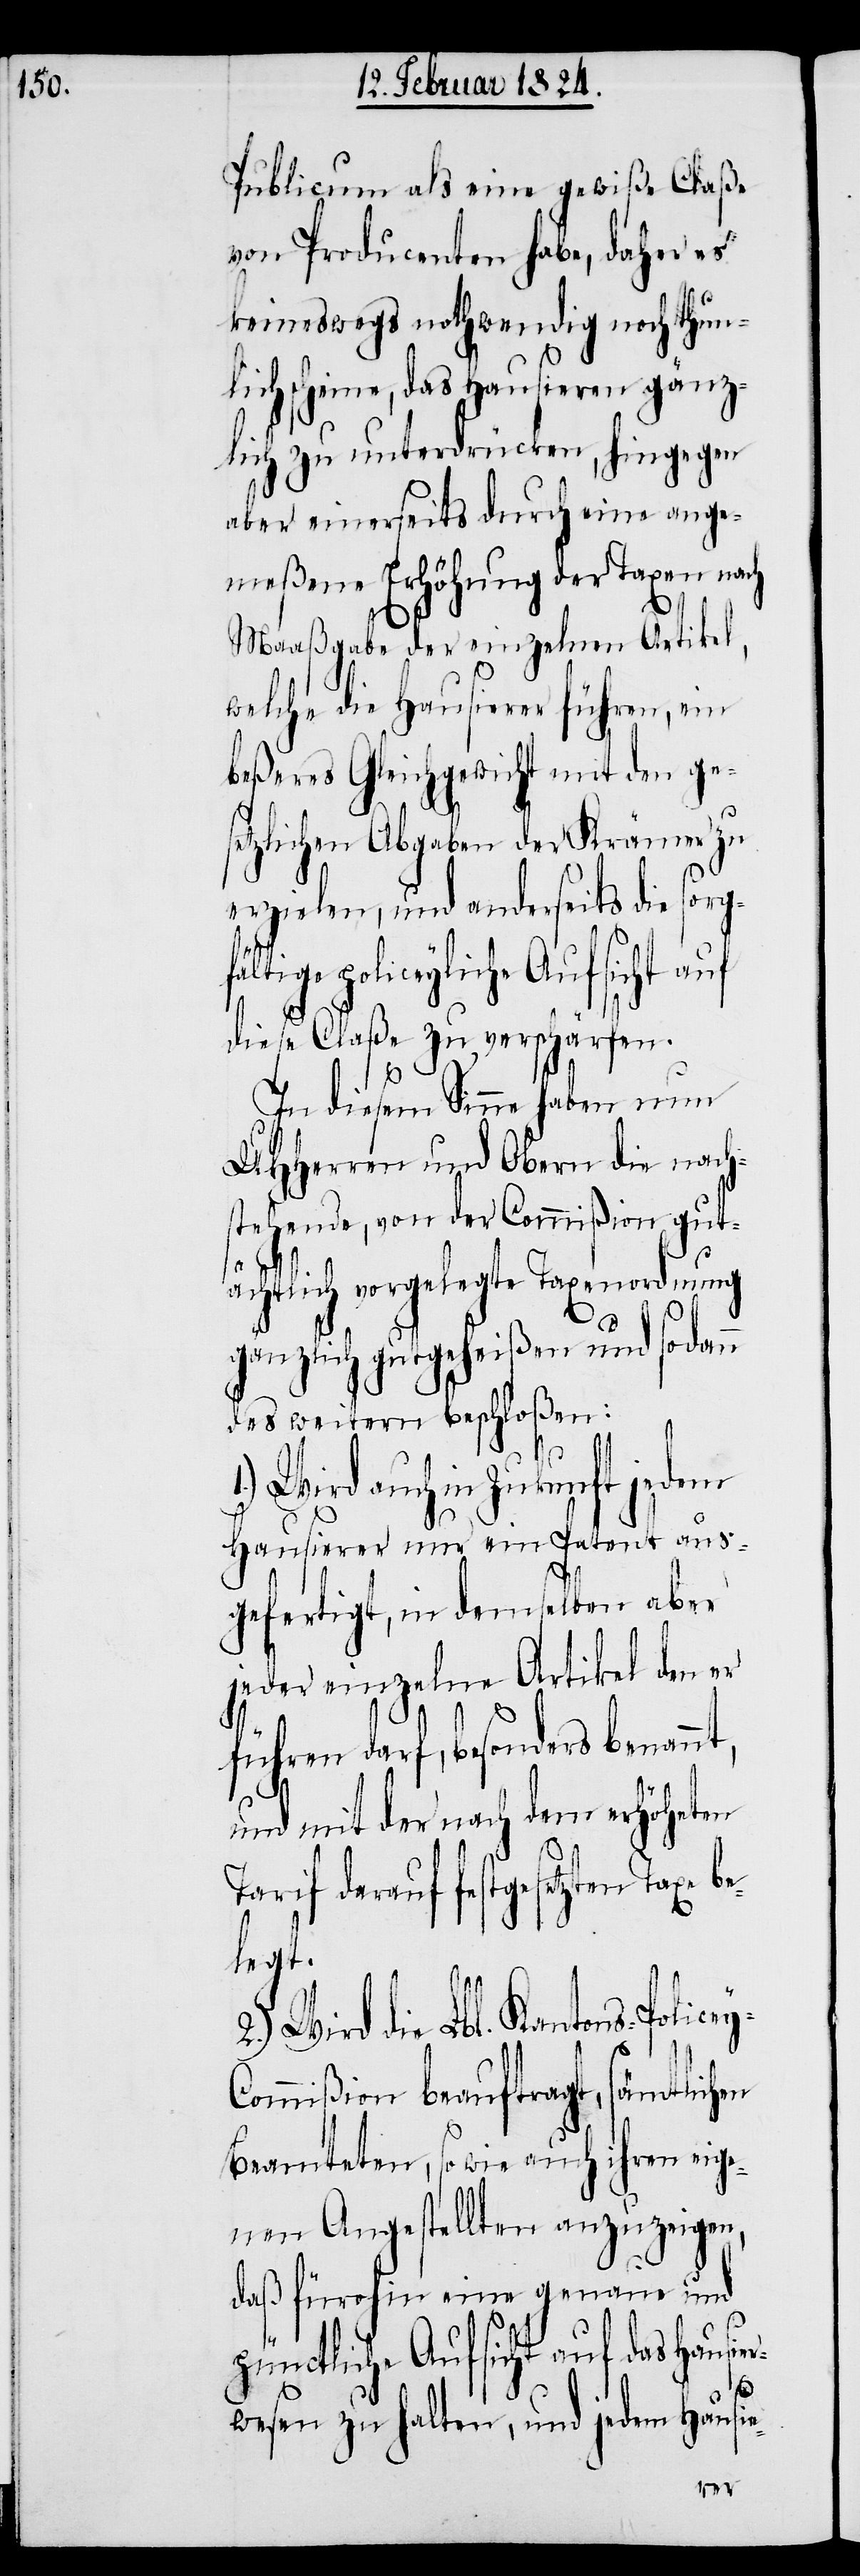
Publicum als eine gewiße Claße
von Producenten habe, daher es
keineswegs nothwendig noch thun¬
lich scheine, das Hausieren gänz¬
lich zu unterdrücken, hingegen
aber einerseits durch eine ange¬
meßene Erhöhung der Taxen nach
Maaßgabe der einzelnen Artikel,
welche die Hausierer führen, ein
beßeres Gleichgewicht mit den ge¬
setzlichen Abgaben der Krämer zu
erzielen, und anderseits die sorg¬
policeyliche Aufsicht auf
diese Claße zu verschärfen.
In diesem Sinne haben nun
UHHerren und Obern die nach¬
stehende, von der Commißion gut¬
ächtlich vorgelegte Taxenordnung
gänzlich gutgeheißen und sodann
des weitern beschloßen:
1.) Wird auch in Zukunft jedem
Hausierer nur ein Patent aus¬
gefertigt, in demselben aber
jeder einzelne Artikel den er
führen darf, besonders benan¬
und mit der nach dem erhöheten
Tarif darauf festgesetzten Taxe
legt.
2. Wird die Lbl, Kantons-Police¬
ommißion beauftragt, sämtlichen
Beamteten, sowie auch ihren eige¬
nen Angestellten anzuzeigen,
daß fürohin eine genaue und
pünctliche Aufsicht auf das Hausie¬
y-C¬
rwesen zu halten, und jedem Hausie-
be¬